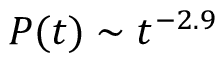
P ( t ) \sim t ^ { - 2 . 9 }